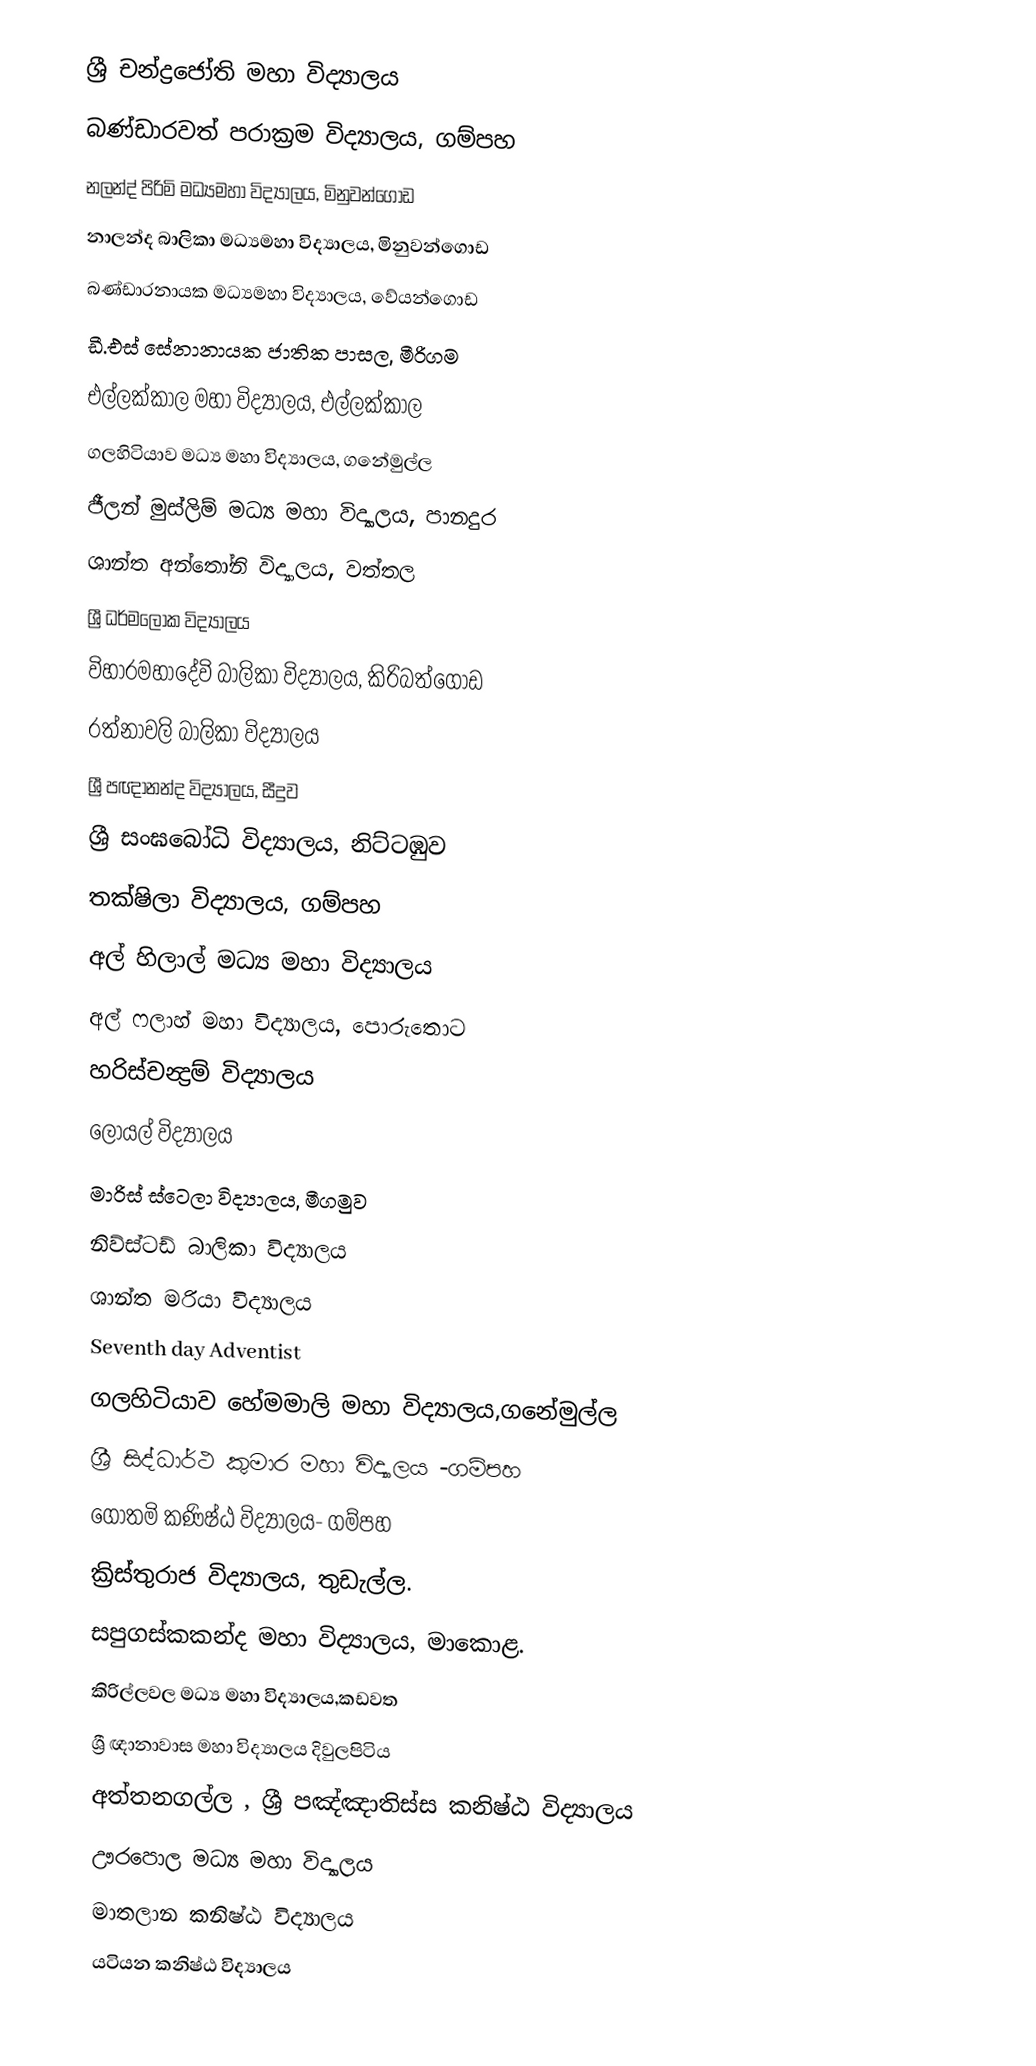
ශ්‍රී චන්ද්‍රජෝති මහා විද්‍යාලය
 බණ්ඩාරවත් පරාක්‍රම විද්‍යාලය, ගම්පහ
නලන්ද් පිරිමි  මධ්‍යමහා විද්‍යාලය, මිනුවන්ගොඩ
 නාලන්ද බාලිකා මධ්‍යමහා විද්‍යාලය, මිනුවන්ගොඩ
 බණ්ඩාරනායක මධ්‍යමහා විද්‍යාලය, වේයන්ගොඩ
 ඩී.එස් සේනානායක ජාතික පාසල, මීරිගම
 එල්ලක්කාල මහා විද්‍යාලය, එල්ලක්කාල
 ගලහිටියාව මධ්‍ය මහා විද්‍යාලය, ගනේමුල්ල
 ජීලන් මුස්ලිම් මධ්‍ය මහා විද්‍යාලය,  පානදුර
 ශාන්ත අන්තෝනි විද්‍යාලය, වත්තල
 ශ්‍රී ධර්මලෝක විද්‍යාලය
 විහාරමහාදේවි බාලිකා විද්‍යාලය, කිරිබත්ගොඩ
 රත්නාවලි බාලිකා විද්‍යාලය
 ශ්‍රී පඥානන්ද විද්‍යාලය, සීදුව
 ශ්‍රී සංඝබෝධි විද්‍යාලය, නිට්ටඹුව
 තක්ෂිලා විද්‍යාලය, ගම්පහ
 අල් හිලාල් මධ්‍ය මහා විද්‍යාලය
 අල් ෆලාහ් මහා විද්‍යාලය, පොරුතොට
 හරිස්චන්‍ද්‍රම් විද්‍යාලය
 ලෝයල් විද්‍යාලය
 මාරිස් ස්ටෙලා විද්‍යාලය, මීගමුව
 නිව්ස්ටඩ් බාලිකා විද්‍යාලය
 ශාන්ත මරියා විද්‍යාලය
 Seventh day Adventist
 ගලහිටියාව හේමමාලි මහා විද්‍යාලය,ගනේමුල්ල
 ශ්‍රී සිද්ධාර්ථ කුමාර මහා විද්‍යාලය -ගම්පහ
 ගෝතමි කණිෂ්ඨ විද්‍යාලය- ගම්පහ
 ක්‍රිස්තුරාජ විද්‍යාලය, තුඩැල්ල.
 සපුගස්කකන්ද මහා විද්‍යාලය, මාකොළ.
 කිරිල්ලවල මධ්‍ය මහා විද්‍යාලය,කඩවත
ශ්‍රී ඥානාවාස මහා විද්‍යාලය   දිවුලපිටිය
අත්තනගල්ල , ශ්‍රී පඤ්ඤාතිස්ස කනිෂ්ඨ විද්‍යාලය
ඌරපොල මධ්‍ය මහා විද්‍යාලය
මාතලාන කනිෂ්ඨ විද්‍යාලය
යටියන කනිෂ්ඨ විද්‍යාලය